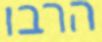
הרבו